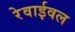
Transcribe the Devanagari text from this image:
रेवाईवल